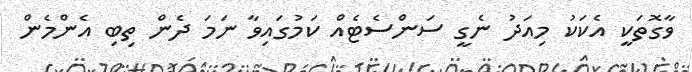
ވާގޮތަކީ އެކަކު މިއަދު ނެގީ ސަންސެޓެއް ކަމުގައިވާ ނަމަ ދެން ތިބި އެންމެން